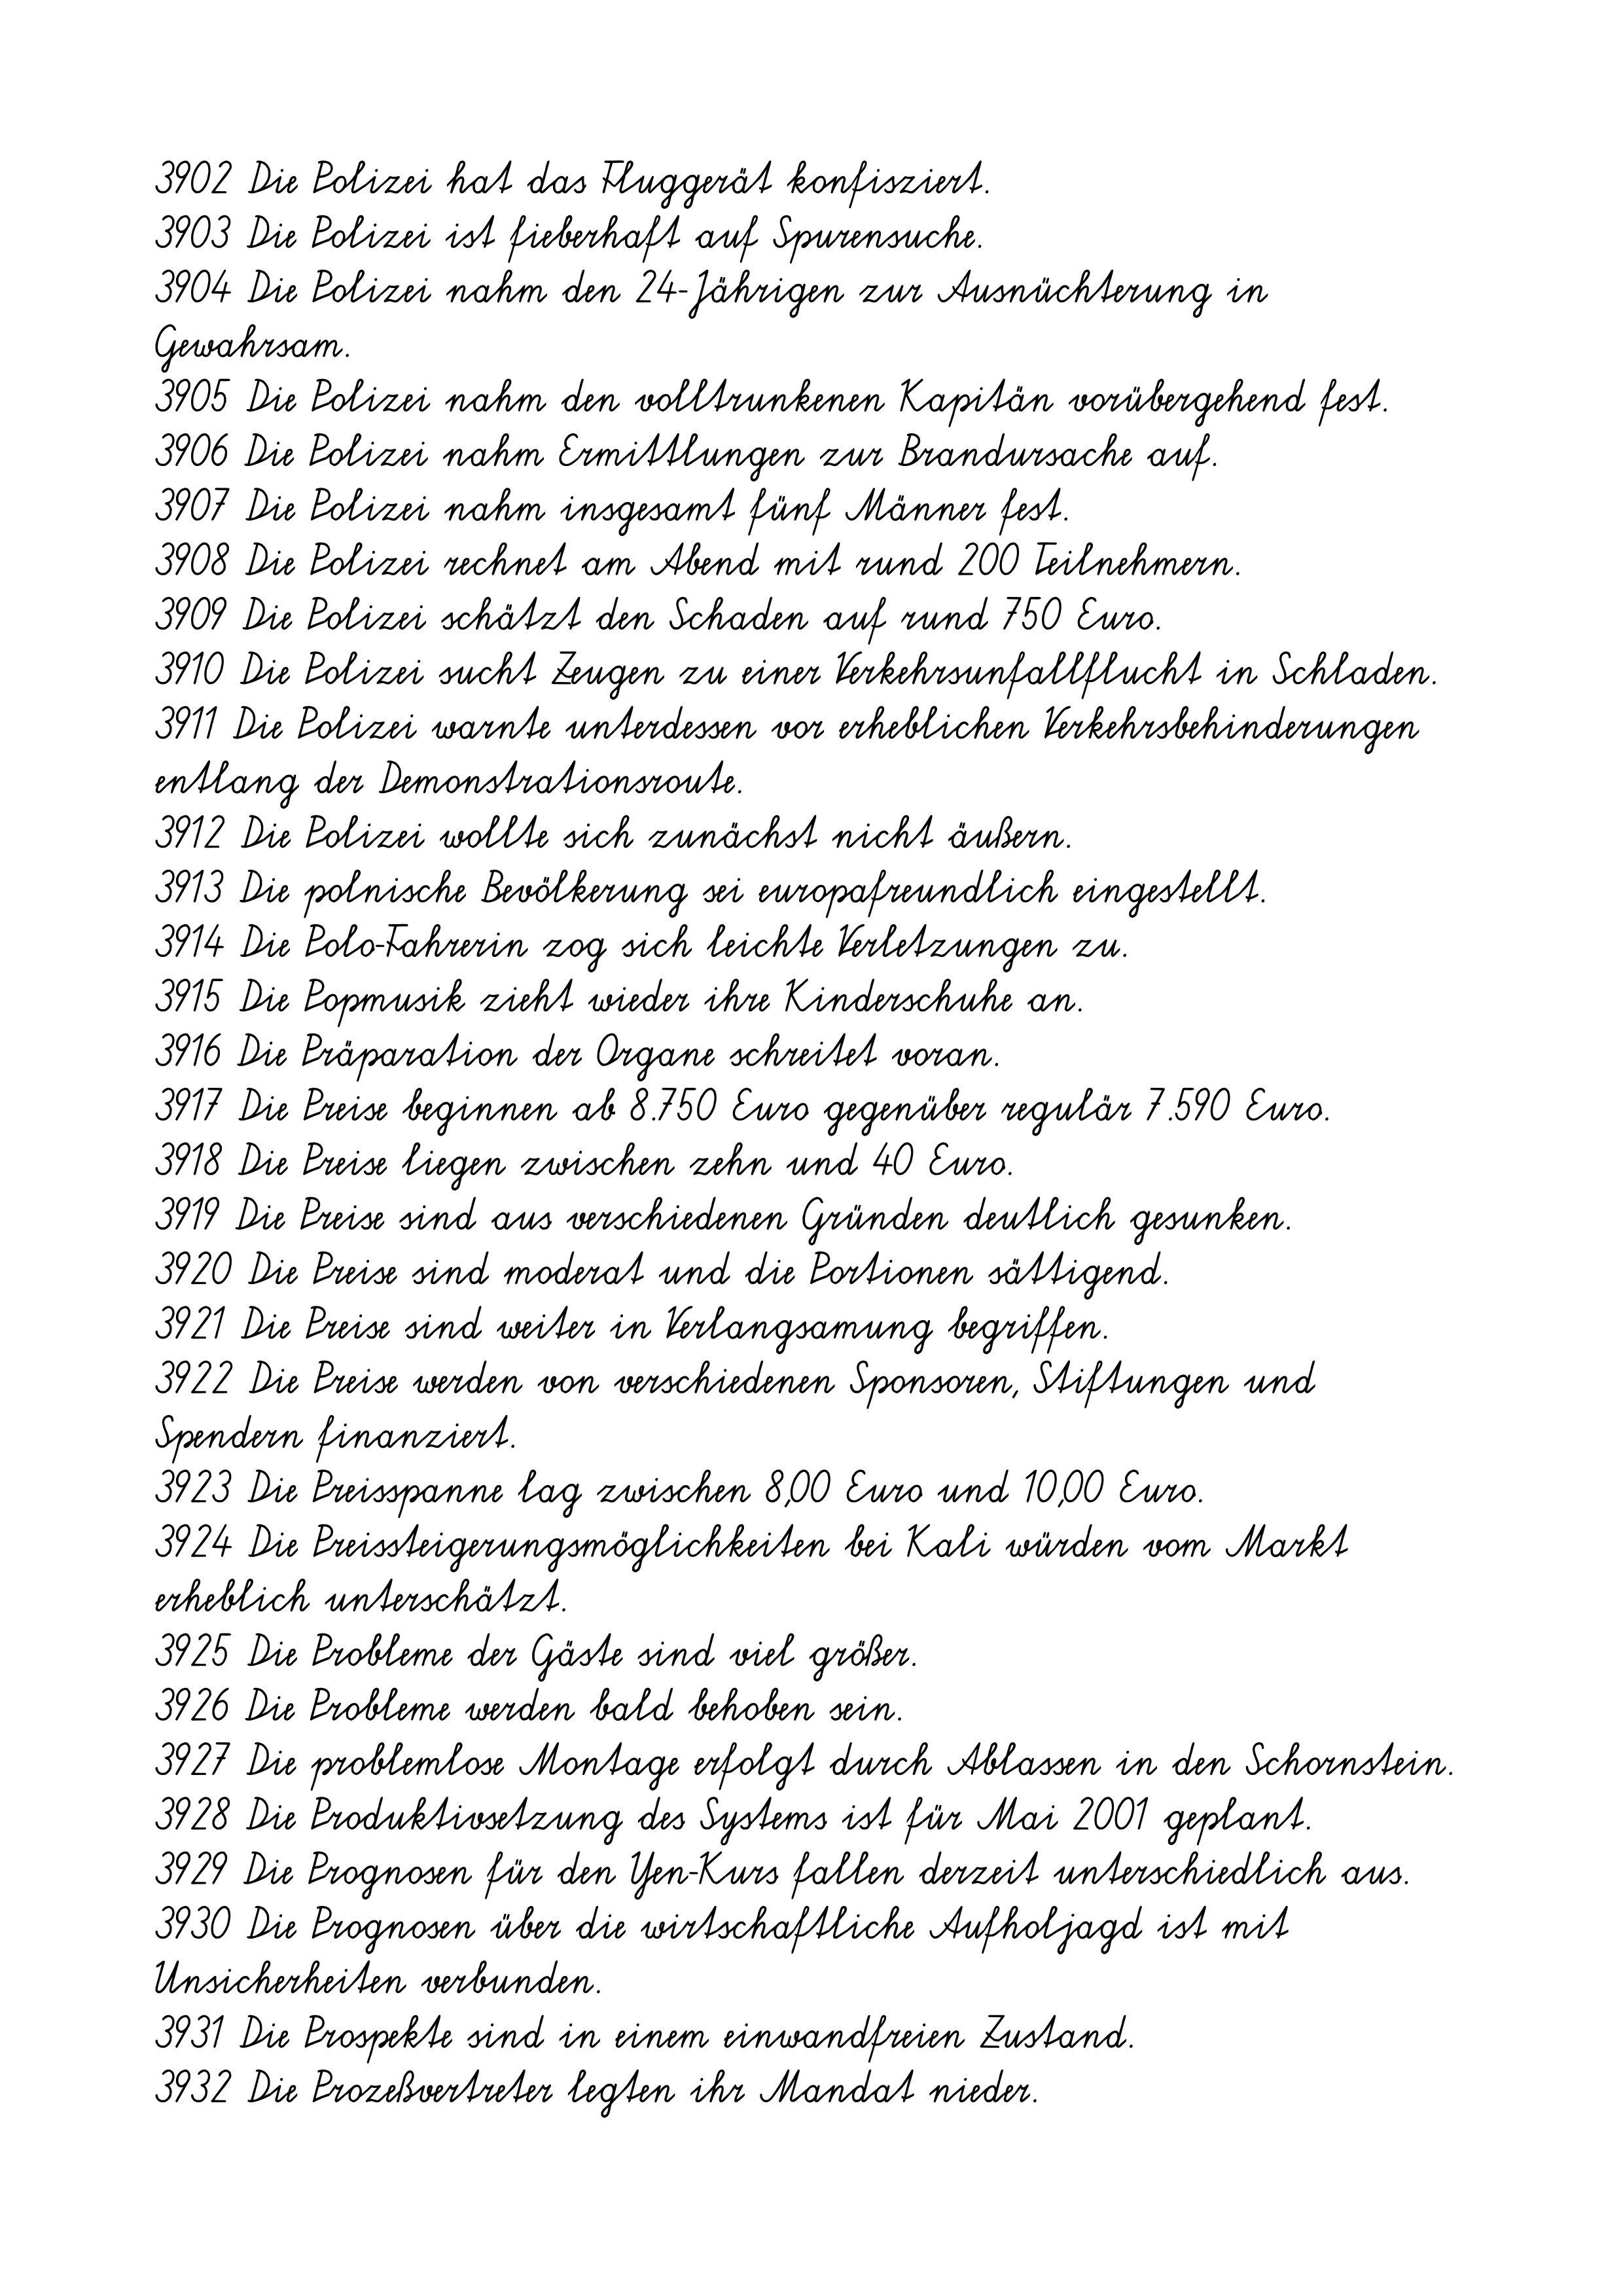
3902 Die Polizei hat das Fluggerät konfisziert.
3903 Die Polizei ist fieberhaft auf Spurensuche.
3904 Die Polizei nahm den 24-Jährigen zur Ausnüchterung in
Gewahrsam.
3905 Die Polizei nahm den volltrunkenen Kapitän vorübergehend fest.
3906 Die Polizei nahm Ermittlungen zur Brandursache auf.
3907 Die Polizei nahm insgesamt fünf Männer fest.
3908 Die Polizei rechnet am Abend mit rund 200 Teilnehmern.
3909 Die Polizei schätzt den Schaden auf rund 750 Euro.
3910 Die Polizei sucht Zeugen zu einer Verkehrsunfallflucht in Schladen.
3911 Die Polizei warnte unterdessen vor erheblichen Verkehrsbehinderungen
entlang der Demonstrationsroute.
3912 Die Polizei wollte sich zunächst nicht äußern.
3913 Die polnische Bevölkerung sei europafreundlich eingestellt.
3914 Die Polo-Fahrerin zog sich leichte Verletzungen zu.
3915 Die Popmusik zieht wieder ihre Kinderschuhe an.
3916 Die Präparation der Organe schreitet voran.
3917 Die Preise beginnen ab 8.750 Euro gegenüber regulär 7.590 Euro.
3918 Die Preise liegen zwischen zehn und 40 Euro.
3919 Die Preise sind aus verschiedenen Gründen deutlich gesunken.
3920 Die Preise sind moderat und die Portionen sättigend.
3921 Die Preise sind weiter in Verlangsamung begriffen.
3922 Die Preise werden von verschiedenen Sponsoren, Stiftungen und
Spendern finanziert.
3923 Die Preisspanne lag zwischen 8,00 Euro und 10,00 Euro.
3924 Die Preissteigerungsmöglichkeiten bei Kali würden vom Markt
erheblich unterschätzt.
3925 Die Probleme der Gäste sind viel größer.
3926 Die Probleme werden bald behoben sein.
3927 Die problemlose Montage erfolgt durch Ablassen in den Schornstein.
3928 Die Produktivsetzung des Systems ist für Mai 2001 geplant.
3929 Die Prognosen für den Yen-Kurs fallen derzeit unterschiedlich aus.
3930 Die Prognosen über die wirtschaftliche Aufholjagd ist mit
Unsicherheiten verbunden.
3931 Die Prospekte sind in einem einwandfreien Zustand.
3932 Die Prozeßvertreter legten ihr Mandat nieder.